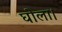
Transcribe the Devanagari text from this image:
घोला।